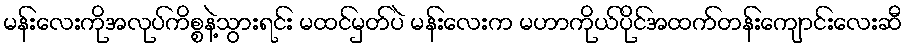
မန်းလေးကိုအလုပ်ကိစ္စနဲ့သွားရင်း မထင်မှတ်ပဲ မန်းလေးက မဟာကိုယ်ပိုင်အထက်တန်းကျောင်းလေးဆီ